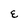
Character: E